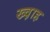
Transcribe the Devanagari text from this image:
ख्व़ाह